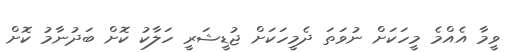
ވީމާ އެއްމެ މީހަކަށް ނުވަތަ ދެމީހަކަށް ޖުޑީޝަރީ ހަލާކު ކޮށް ބަދުނާމު ކޮށް